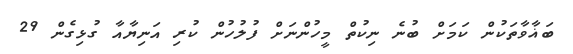
ބަޣާވާތަކުން ކަމަށް ބުނެ ނިކުތް މީހުންނަށް ފުލުހުން ކުރި އަނިޔާއާ ގުޅިގެން 29